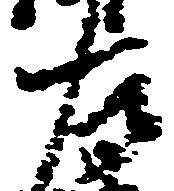
左